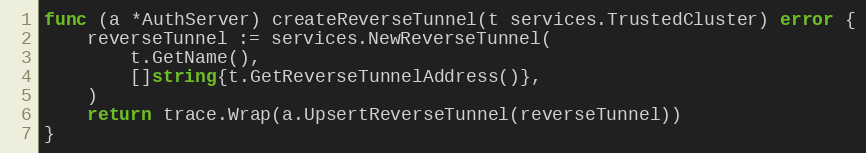
Language: Go
func (a *AuthServer) createReverseTunnel(t services.TrustedCluster) error {
	reverseTunnel := services.NewReverseTunnel(
		t.GetName(),
		[]string{t.GetReverseTunnelAddress()},
	)
	return trace.Wrap(a.UpsertReverseTunnel(reverseTunnel))
}